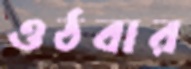
ওঠবার